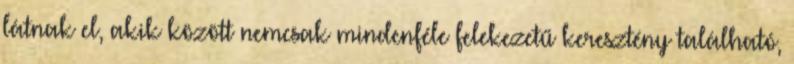
látnak el, akik között nemcsak mindenféle felekezetű keresztény található,